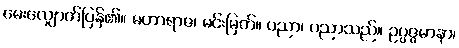
မေးလျှောက်ပြန်၏။ မဟာရာဇ၊ မင်းမြတ်။ ပညာ၊ ပညာသည်။ ဥပ္ပဇ္ဇမာနာ၊